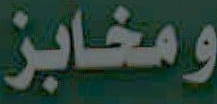
ومخابز